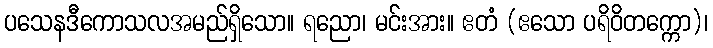
ပသေနဒီကောသလအမည်ရှိသော။ ရညော၊ မင်းအား။ ဧတံ (ဧသော ပရိဝိတက္ကော)၊